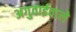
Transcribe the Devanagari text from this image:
अगुवाईवाले